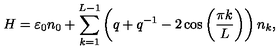
H = \varepsilon _ { 0 } n _ { 0 } + \sum _ { k = 1 } ^ { L - 1 } \left( q + q ^ { - 1 } - 2 \cos \left( \frac { \pi k } { L } \right) \right) n _ { k } ,